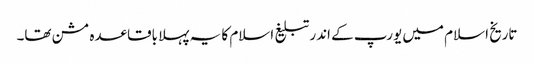
تاریخ اسلام میں یورپ کے اندر تبلیغ اسلام کا یہ پہلا باقاعدہ مشن تھا۔